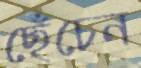
ছেঁচেন